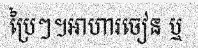
ប្រៃៗ។អាហារចៀន ឬ